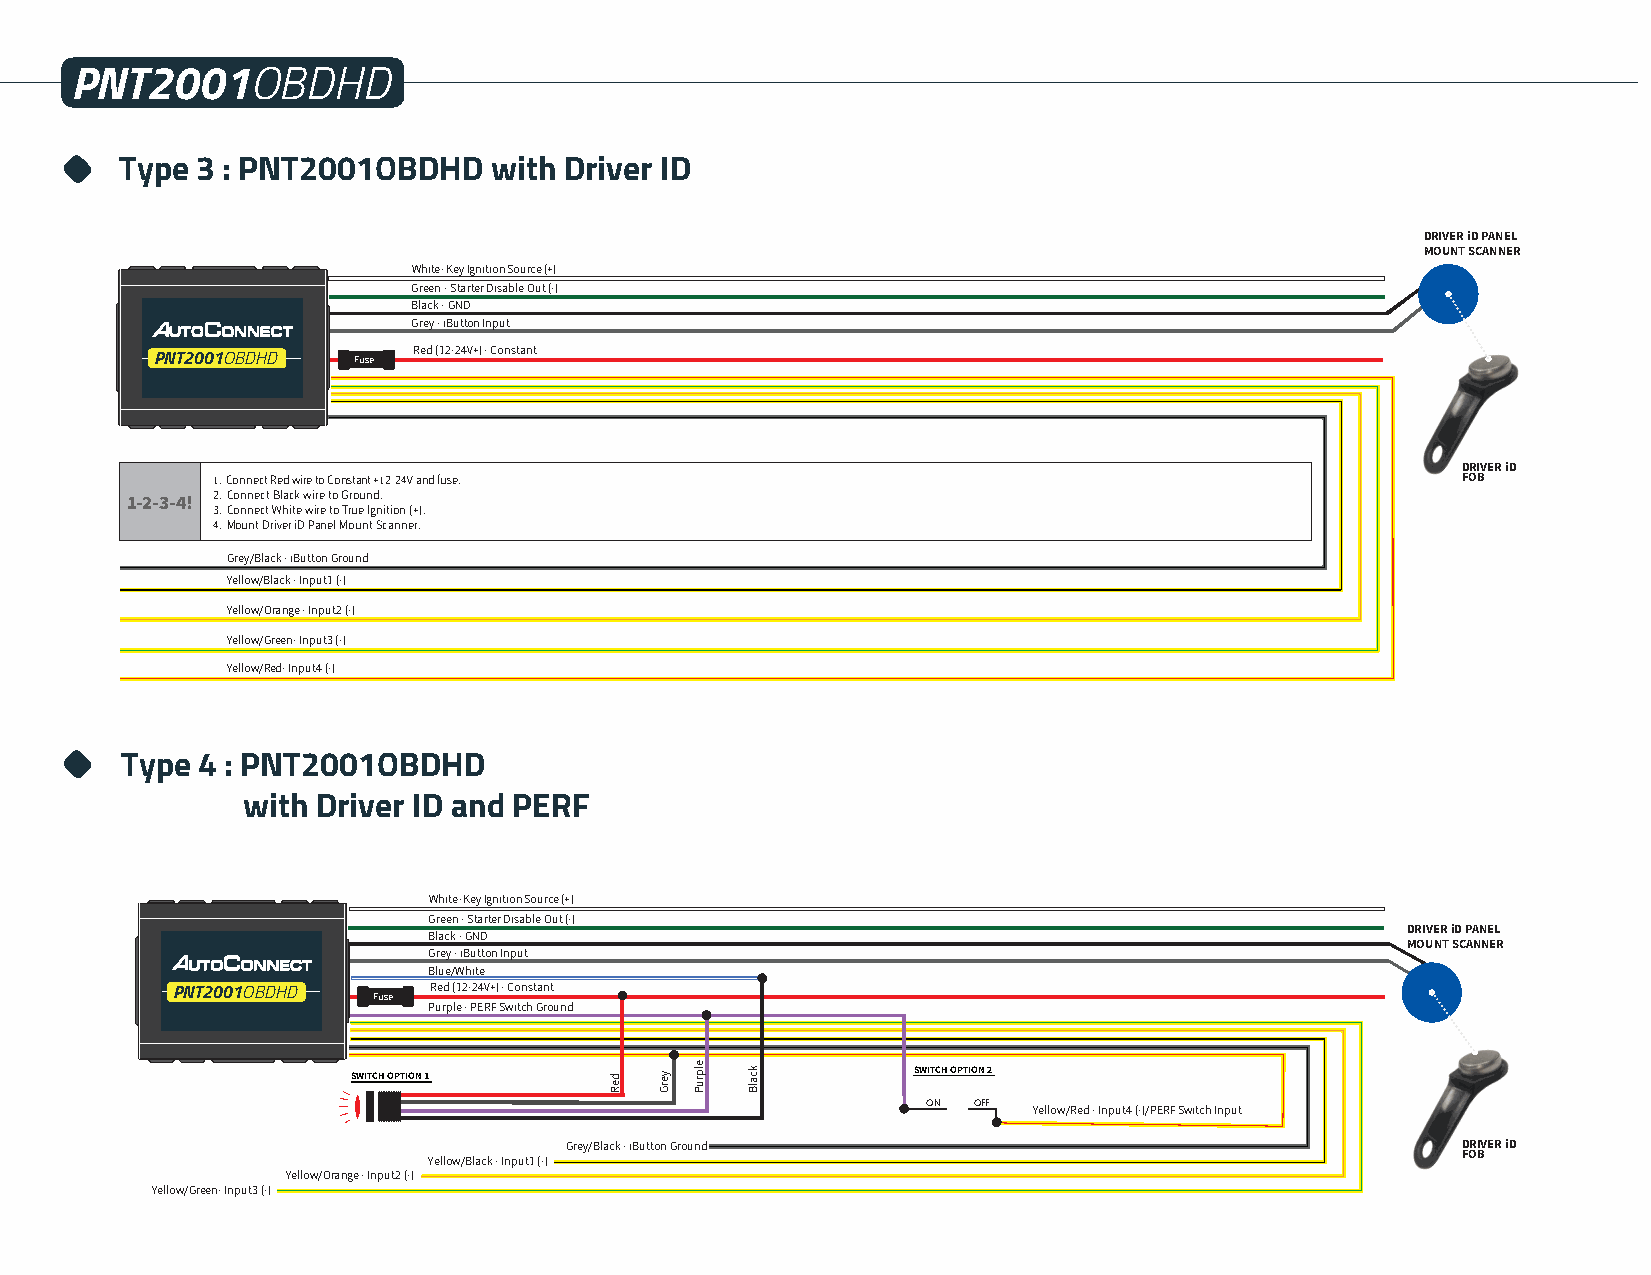
PNT2001OBDHD
 Type 3 : PNT2001OBDHD   with Driver ID
 DRIVER iD PANEL
 MOUNT SCANNER
 White - Key Ignition Source (+)
 Green - Starter Disable Out (-)
 Black - GND
 Grey - iButton Input
 PNT2001OBDHD Fuse Red (12-24V+) - Constant
 DRIVER iD
 1.Connect Red wire to Constant +12-24V and fuse.                                   FOB
 2.Connect Black wire to Ground.
 1-2-3-4!
 3.Connect White wire to True Ignition (+).
 4.Mount Driver iD Panel Mount Scanner.
 Grey/Black - iButton Ground
 Yellow/Black - Input1 (-)
 Yellow/Orange - Input2 (-)
 Yellow/Green- Input3 (-)
 Yellow/Red- Input4 (-)
 Type 4 : PNT2001OBDHD
 with Driver ID and PERF
 White - Key Ignition Source (+)
 Green - Starter Disable Out (-)
 Black - GND                                                      DRIVER iD PANEL
 MOUNT SCANNER
 Grey - iButton Input
 Blue/White
 PNT2001OBDHD     Red (12-24V+) - Constant
 Fuse
 Purple - PERF Switch Ground
 SWITCH OPTION 1                      SWITCH OPTION 2
 ON OFF
 Yellow/Red - Input4 (-)/PERF Switch Input
 Grey/Black - iButton Ground                                 DRIVER iD
 Yellow/Black - Input1 (-)                                            FOB
 Yellow/Orange - Input2 (-)
 Yellow/Green- Input3 (-)
 deR yerG elpruP kcalB